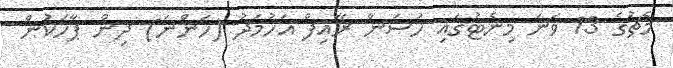
މެޗުގެ 13 ވަނަ މިނެޓުގައި ހަސަން ރާއިފް އަހުމަދު (ހަންނަ) ދިން ޕާހަކުން